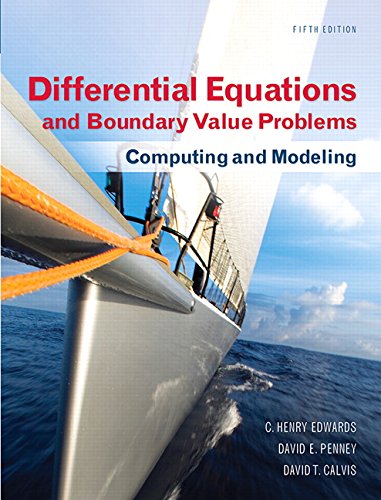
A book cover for Differential Equations and Boundary Value Problems: Computing and Modeling (5th Edition) (Edwards/Penney/Calvis Differential Equations); C. Henry Edwards; Computers & Technology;